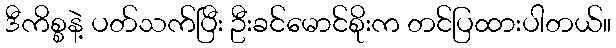
ဒီကိစ္စနဲ့ ပတ်သက်ပြီး ဦးခင်မောင်စိုးက တင်ပြထားပါတယ်။